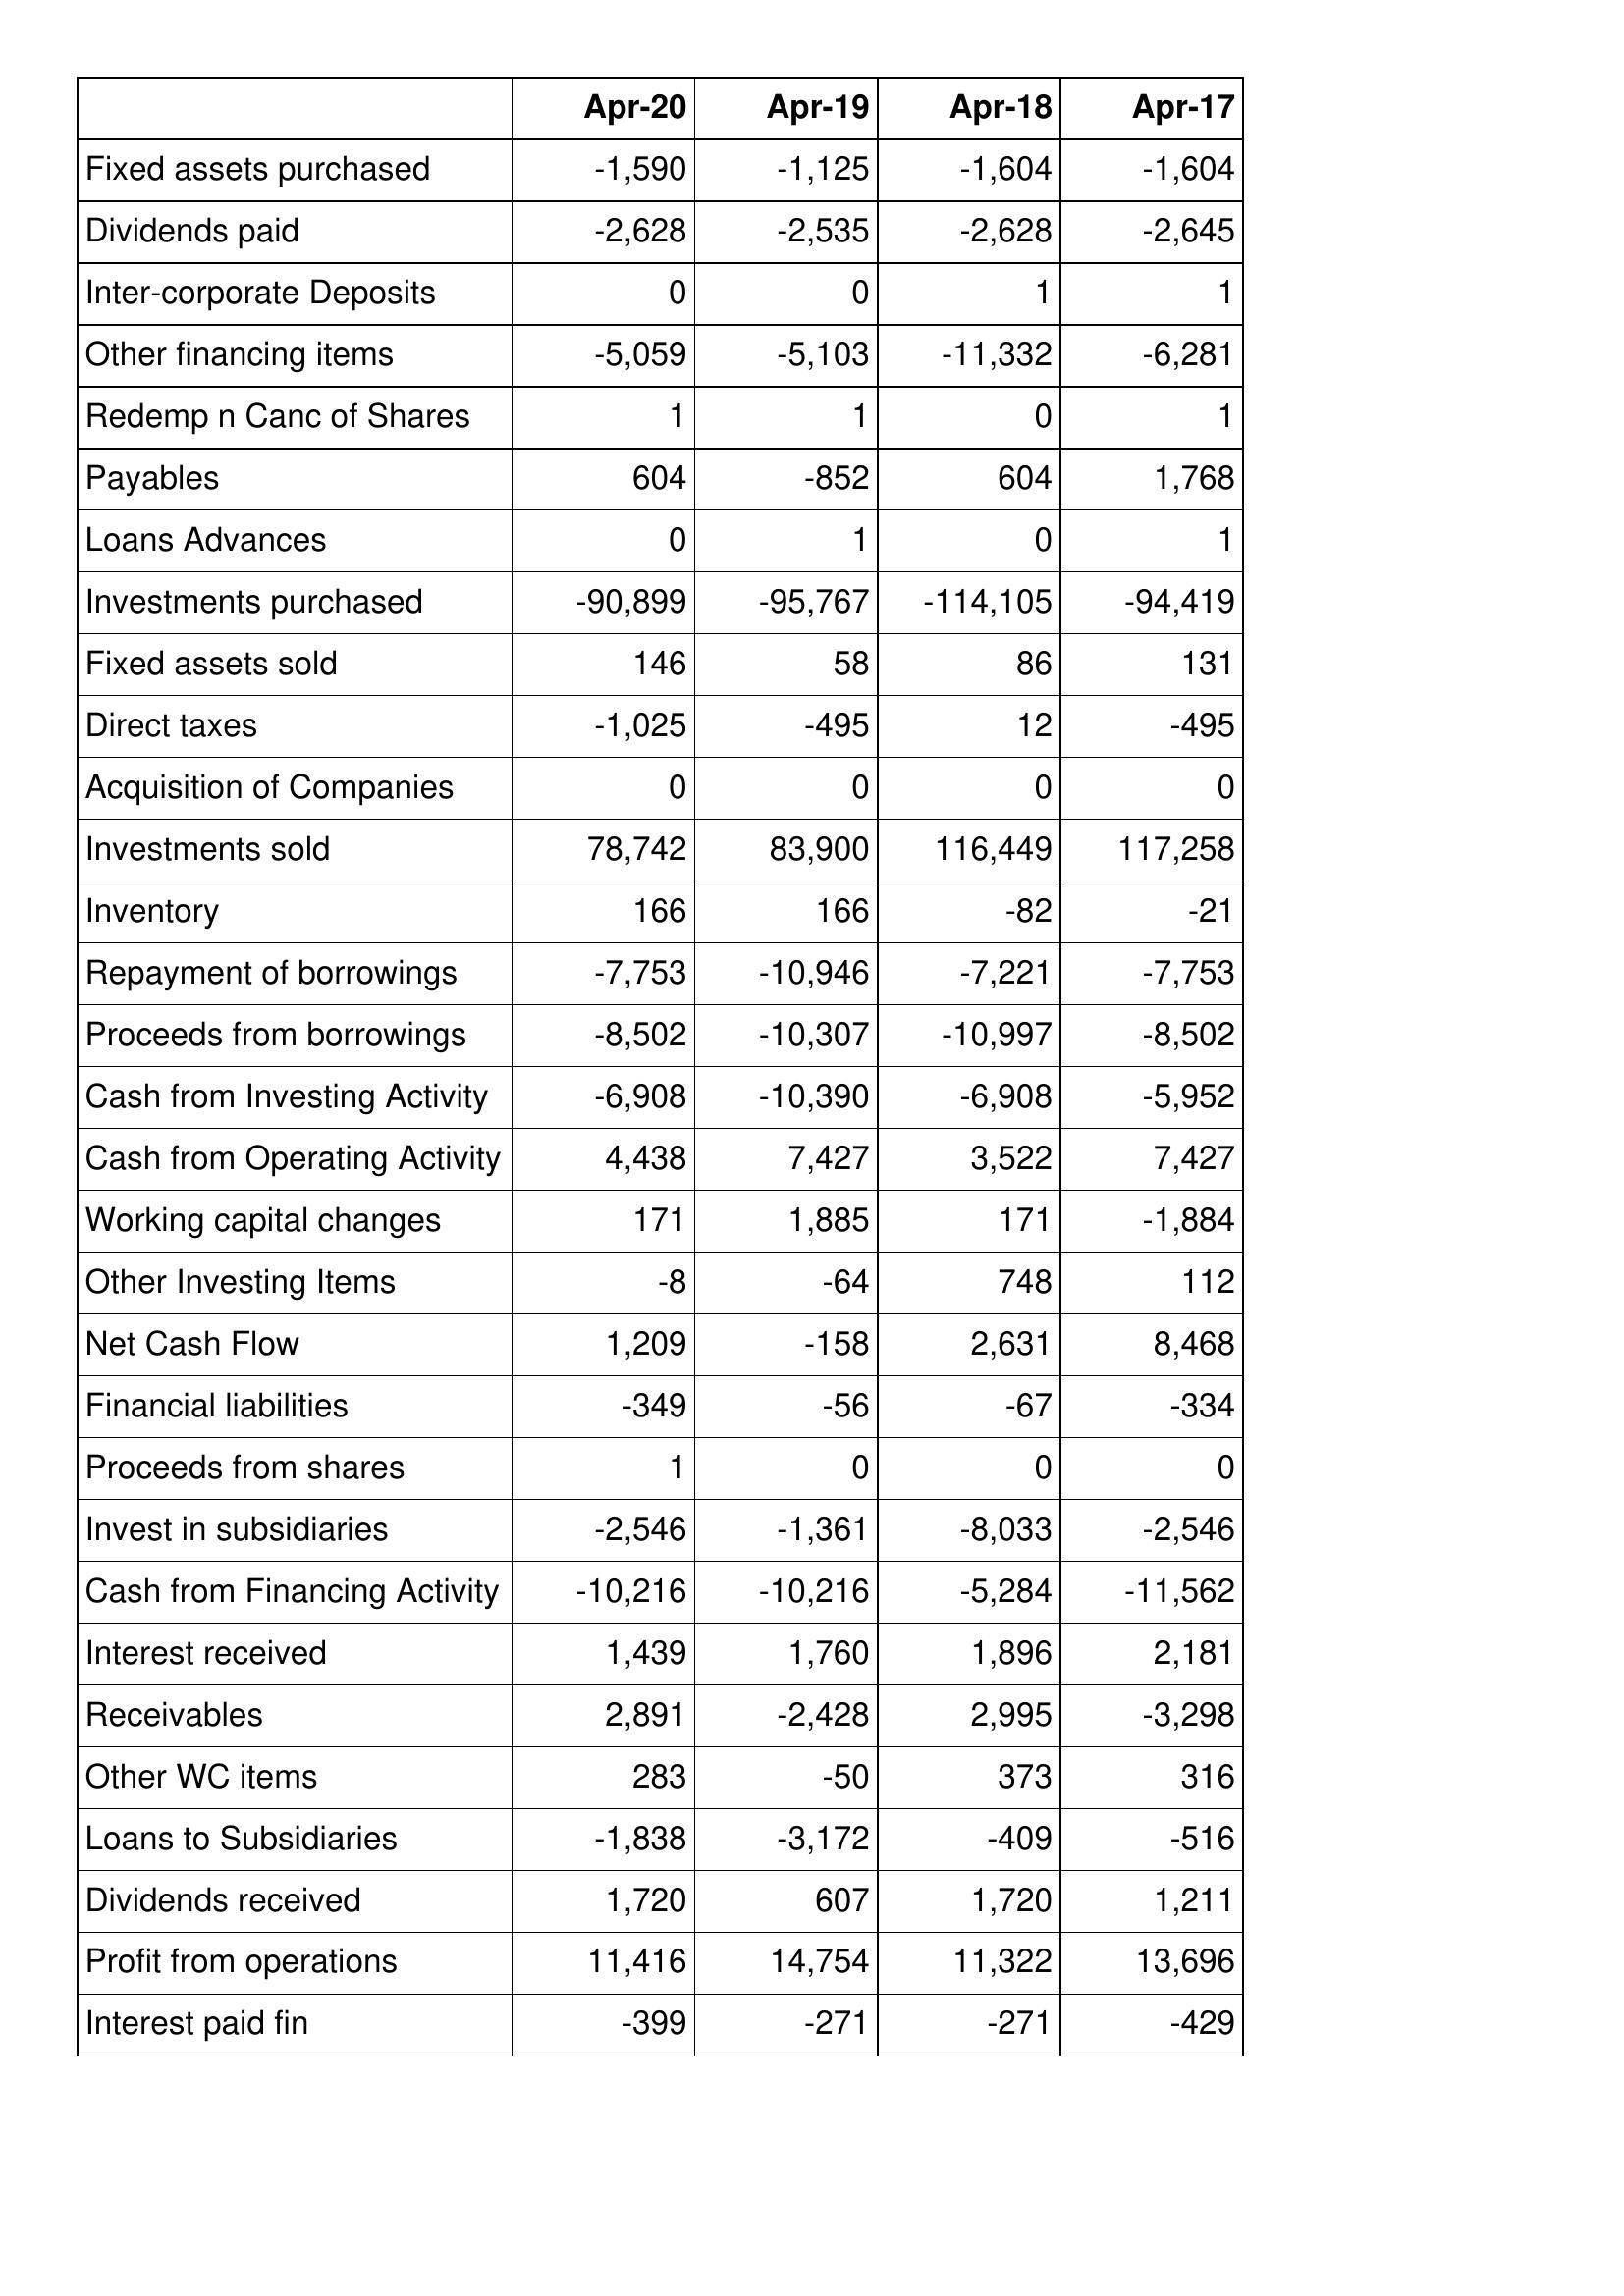
Apr-20: Cash Flows: Fixed assets purchased: -1,590
Dividends paid: -2,628
Inter-corporate Deposits: 0
Other financing items: -5,059
Redemp n Canc of Shares: 1
Payables: 604
Loans Advances: 0
Investments purchased: -90,899
Fixed assets sold: 146
Direct taxes: -1,025
Acquisition of Companies: 0
Investments sold: 78,742
Inventory: 166
Repayment of borrowings: -7,753
Proceeds from borrowings: -8,502
Cash from Investing Activity: -6,908
Cash from Operating Activity: 4,438
Working capital changes: 171
Other Investing Items: -8
Net Cash Flow: 1,209
Financial liabilities: -349
Proceeds from shares: 1
Invest in subsidiaries: -2,546
Cash from Financing Activity: -10,216
Interest received: 1,439
Receivables: 2,891
Other WC items: 283
Loans to Subsidiaries: -1,838
Dividends received: 1,720
Profit from operations: 11,416
Interest paid fin: -399
Apr-19: Cash Flows: Fixed assets purchased: -1,125
Dividends paid: -2,535
Inter-corporate Deposits: 0
Other financing items: -5,103
Redemp n Canc of Shares: 1
Payables: -852
Loans Advances: 1
Investments purchased: -95,767
Fixed assets sold: 58
Direct taxes: -495
Acquisition of Companies: 0
Investments sold: 83,900
Inventory: 166
Repayment of borrowings: -10,946
Proceeds from borrowings: -10,307
Cash from Investing Activity: -10,390
Cash from Operating Activity: 7,427
Working capital changes: 1,885
Other Investing Items: -64
Net Cash Flow: -158
Financial liabilities: -56
Proceeds from shares: 0
Invest in subsidiaries: -1,361
Cash from Financing Activity: -10,216
Interest received: 1,760
Receivables: -2,428
Other WC items: -50
Loans to Subsidiaries: -3,172
Dividends received: 607
Profit from operations: 14,754
Interest paid fin: -271
Apr-18: Cash Flows: Fixed assets purchased: -1,604
Dividends paid: -2,628
Inter-corporate Deposits: 1
Other financing items: -11,332
Redemp n Canc of Shares: 0
Payables: 604
Loans Advances: 0
Investments purchased: -114,105
Fixed assets sold: 86
Direct taxes: 12
Acquisition of Companies: 0
Investments sold: 116,449
Inventory: -82
Repayment of borrowings: -7,221
Proceeds from borrowings: -10,997
Cash from Investing Activity: -6,908
Cash from Operating Activity: 3,522
Working capital changes: 171
Other Investing Items: 748
Net Cash Flow: 2,631
Financial liabilities: -67
Proceeds from shares: 0
Invest in subsidiaries: -8,033
Cash from Financing Activity: -5,284
Interest received: 1,896
Receivables: 2,995
Other WC items: 373
Loans to Subsidiaries: -409
Dividends received: 1,720
Profit from operations: 11,322
Interest paid fin: -271
Apr-17: Cash Flows: Fixed assets purchased: -1,604
Dividends paid: -2,645
Inter-corporate Deposits: 1
Other financing items: -6,281
Redemp n Canc of Shares: 1
Payables: 1,768
Loans Advances: 1
Investments purchased: -94,419
Fixed assets sold: 131
Direct taxes: -495
Acquisition of Companies: 0
Investments sold: 117,258
Inventory: -21
Repayment of borrowings: -7,753
Proceeds from borrowings: -8,502
Cash from Investing Activity: -5,952
Cash from Operating Activity: 7,427
Working capital changes: -1,884
Other Investing Items: 112
Net Cash Flow: 8,468
Financial liabilities: -334
Proceeds from shares: 0
Invest in subsidiaries: -2,546
Cash from Financing Activity: -11,562
Interest received: 2,181
Receivables: -3,298
Other WC items: 316
Loans to Subsidiaries: -516
Dividends received: 1,211
Profit from operations: 13,696
Interest paid fin: -429